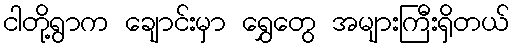
ငါတို့ရွာက ချောင်းမှာ ရွှေတွေ အများကြီးရှိတယ်